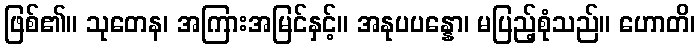
ဖြစ်၏။ သုတေန၊ အကြားအမြင်နှင့်။ အနုပပန္နော၊ မပြည့်စုံသည်။ ဟောတိ၊